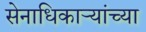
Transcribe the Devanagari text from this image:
सेनाधिकाऱ्यांच्या